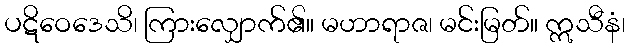
ပဋိဝေဒေသိ၊ ကြားလျှောက်၏။ မဟာရာဇ၊ မင်းမြတ်။ ဣသီနံ၊